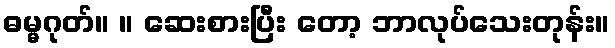
ဓမ္မဂုတ်။ ။ ဆေးစားပြီး တော့ ဘာလုပ်သေးတုန်း။